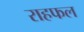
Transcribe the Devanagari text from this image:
राहफल